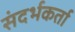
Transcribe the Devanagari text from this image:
संदर्भकर्ता